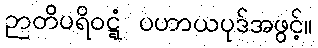
ဉာတိပရိဝဋ္ဋံ ပဟာယပုဒ်အဖွင့်။